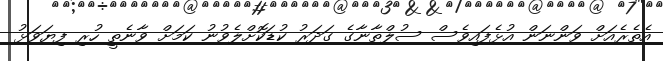
އެތެރެއަށް ވަންނަން އުޅެފައިވެސް ސުލްތާނާގެ ގަދަރު ކުޑަކޮށްލެވުނު ކަމަށް ވާނެތީ ހުރި ފިޔަވަޅު